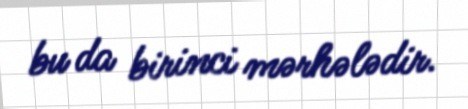
bu da birinci mərhələdir.